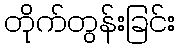
တိုက်တွန်းခြင်း